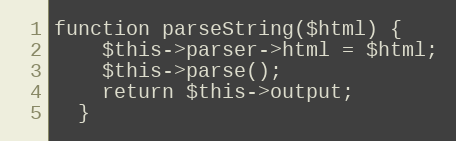
Language: PHP
function parseString($html) {
    $this->parser->html = $html;
    $this->parse();
    return $this->output;
  }